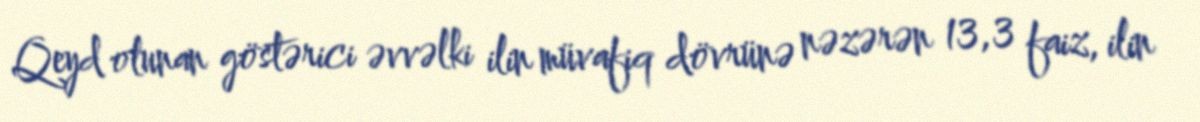
Qeyd olunan göstərici əvvəlki ilin müvafiq dövrünə nəzərən 13,3 faiz, ilin